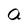
Character: a